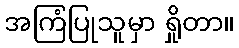
အကြံပြုသူမှာ ရှိုတာ။